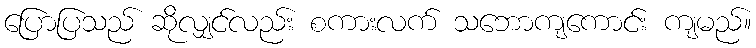
ပြောပြသည် ဆိုလျှင်လည်း စကားလက် သဘောကျကောင်း ကျမည်။